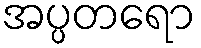
အပ္ပတရော